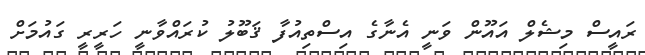
ރައީސް މިޝެލް އައޫން ވަނީ އެނާގެ އިސްތިއުފާ ޤަބޫލު ކުރައްވާނީ ހަރީރީ ގައުމަށް